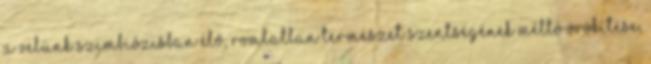
a velünk szimbiózisban élő, romlatlan természet szentségének méltó örökítése,